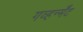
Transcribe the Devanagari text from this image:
गव्हर्न्मेंट